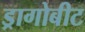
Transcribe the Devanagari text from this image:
ड्रागोबीट